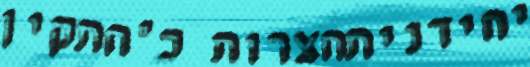
יחידניתחצרות כ"חתקין